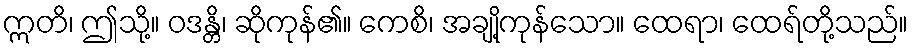
ဣတိ၊ ဤသို့။ ဝဒန္တိ၊ ဆိုကုန်၏။ ကေစိ၊ အချို့ကုန်သော။ ထေရာ၊ ထေရ်တို့သည်။